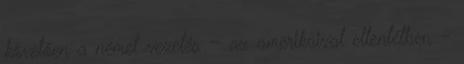
követően a német vezetés – az amerikaival ellentétben –